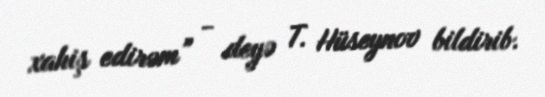
xahiş edirəm” - deyə T. Hüseynov bildirib.